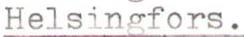
Helsingfors.